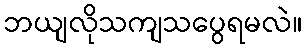
ဘယျလိုသကျသပွေရမလဲ။